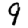
Digit: 9